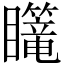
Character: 𪿄